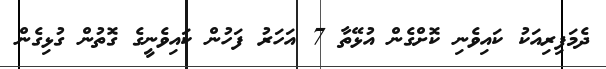
ދެމަފިރިއަކު ކައިވެނި ކޮށްގެން އުޅޭތާ 7 އަހަރު ފަހުން ކައިވެނީގެ ގޮތުން ގުޅިގެން